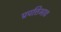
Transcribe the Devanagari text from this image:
प्रपत्तिभाव